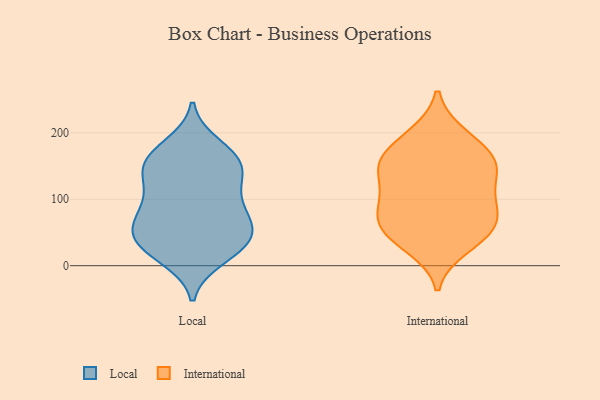
{"axis": {"x": "Budget (USD K)", "y": "Value"}, "legend": ["International", "Local"], "data": [{"x": "", "y": 157, "type": "Local"}, {"x": "", "y": 94, "type": "Local"}, {"x": "", "y": 181, "type": "Local"}, {"x": "", "y": 33, "type": "Local"}, {"x": "", "y": 127, "type": "Local"}, {"x": "", "y": 167, "type": "Local"}, {"x": "", "y": 65, "type": "Local"}, {"x": "", "y": 37, "type": "Local"}, {"x": "", "y": 139, "type": "Local"}, {"x": "", "y": 18, "type": "Local"}, {"x": "", "y": 92, "type": "Local"}, {"x": "", "y": 35, "type": "Local"}, {"x": "", "y": 75, "type": "Local"}, {"x": "", "y": 128, "type": "Local"}, {"x": "", "y": 48, "type": "Local"}, {"x": "", "y": 152, "type": "Local"}, {"x": "", "y": 12, "type": "Local"}, {"x": "", "y": 162, "type": "Local"}, {"x": "", "y": 74, "type": "Local"}, {"x": "", "y": 47, "type": "Local"}, {"x": "", "y": 159, "type": "International"}, {"x": "", "y": 72, "type": "International"}, {"x": "", "y": 97, "type": "International"}, {"x": "", "y": 28, "type": "International"}, {"x": "", "y": 58, "type": "International"}, {"x": "", "y": 53, "type": "International"}, {"x": "", "y": 150, "type": "International"}, {"x": "", "y": 158, "type": "International"}, {"x": "", "y": 38, "type": "International"}, {"x": "", "y": 96, "type": "International"}, {"x": "", "y": 62, "type": "International"}, {"x": "", "y": 143, "type": "International"}, {"x": "", "y": 197, "type": "International"}, {"x": "", "y": 193, "type": "International"}, {"x": "", "y": 96, "type": "International"}, {"x": "", "y": 160, "type": "International"}, {"x": "", "y": 128, "type": "International"}]}